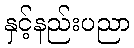
နှင့်နည်းပညာ